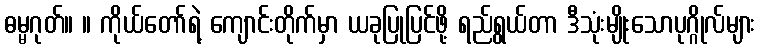
ဓမ္မဂုတ်။ ။ ကိုယ်တော်ရဲ့ ကျောင်းတိုက်မှာ ယခုပြုပြင်ဖို့ ရည်ရွယ်တာ ဒီသုံးမျိုးသောပုဂ္ဂိုလ်များ